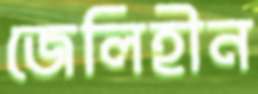
জেলিহীন